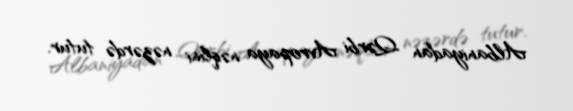
Albaniyadan Qərbi Avropaya nəqlini nəzərdə tutur.